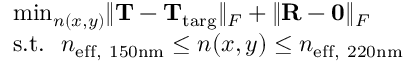
\begin{array} { r l } & { \operatorname* { m i n } _ { n ( x , y ) } \lVert \mathbf { T } - \mathbf { T } _ { \mathrm { t a r g } } \rVert _ { F } + \lVert \mathbf { R } - \mathbf { 0 } \rVert _ { F } } \\ & { \mathrm { s . t . } \ \ n _ { \mathrm { e f f , ~ 1 5 0 n m } } \leq n ( x , y ) \leq n _ { \mathrm { e f f , ~ 2 2 0 n m } } } \end{array}